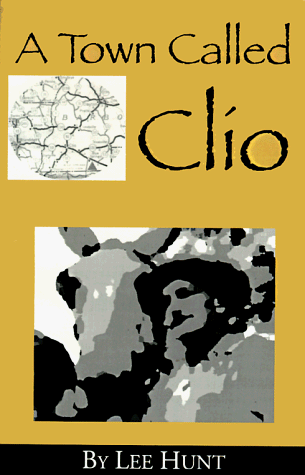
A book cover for A Town Called Clio; Lee Hunt; Humor & Entertainment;